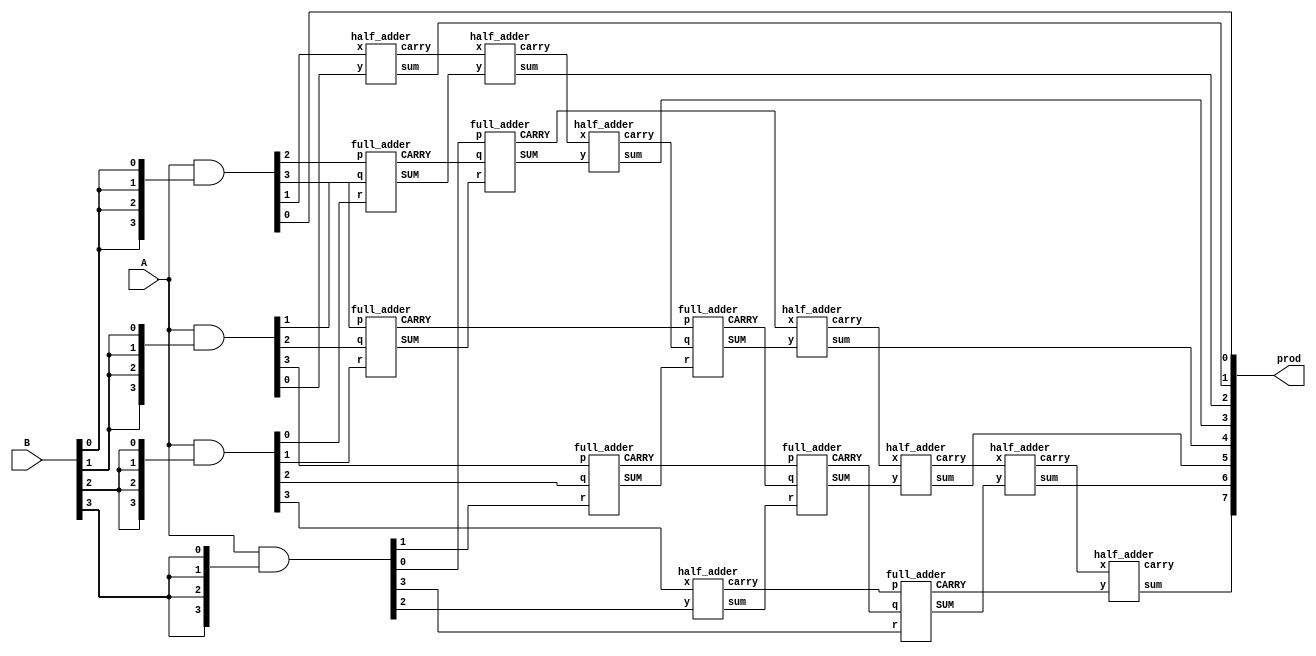
`timescale 1ns/1ps
//////////////////////////////////////////////////////////////////////////////////
// Company: 
// Engineer: 
// 
// Design Name: 
// Module Name: wtm( wallace tree encoder ) 
// Project Name: 
// Target Devices: 
// Tool Versions: 
// Description: 
// 
// Dependencies: 
// 
// Revision:
// Revision 0.01 - File Created
// Additional Comments:
// 
/*
let's discuss about what is wallace tree encoder 
Wallace tree encoder :
Wallace tree encoder is utilized in the process of converting the thermometer code to binary.
This can be termed to be a high speed application and a flash type of flash ADC, which is a 
resistor ladder, encoder and comparator circuit. 

A suitable encoder is required for getting binary code from comparator output. Reducing energy 
of the encoder is vital concern from comparator output. Reducing energy of the encoder is a vital 
concern whereas desging the minimal power flash ADC. 
A suitable encoder is required getting binary encoder is required for getting binary encoder 
is required for getting binary code from comparator circuit. 
Wallace tree encoders diminishes the mistake power flash drive from ADC. Wallace tree encoders diminishes 


*/
//////////////////////////////////////////////////////////////////////////////////

module wallace(A,B,prod);  
// inputs and outputs 
input [3:0] A,B; 
output [7:0] prod; 
//internal variables.
wire s11,s12,s13,s14,s15,s22,s23,s24,s25,s26,s32,s33,s34,s35,s36,s37;
wire c11,c12,c13,c14,c15,c22,c23,c24,c25,c26,c32,c33,c34,c35,c36,c37;
wire[6:0] p0,p1,p2,p3;

//initialize the p's 
assign p0 = A & {4{B[0]}};
assign p1 = A & {4{B[1]}};
assign p2 = A & {4{B[2]}}; 
assign p3 = A & {4{B[3]}}; 

//final product assingments 
assign prod[0] = p0[0]; 
assign prod[1] = s11; 
assign prod[2] = s22; 
assign prod[3] = s32; 
assign prod[4] = s34; 
assign prod[5] = s35; 
assign prod[6] = s36; 
assign prod[7] = s37; 


//first stage 
half_adder ha11(p0[1],p1[0],s11,c11); 
full_adder fa12(p0[2],p1[1],p2[0],s12,c12); 
full_adder fa13(p0[3],p1[2],p2[1],s13,c13);
full_adder fa14(p1[3],p2[2],p3[1],s14,c14); 
half_adder ha15(p2[3],p3[2],s15, c15); 


//second stage 
half_adder ha22(c11,s12,s22,c22); 
full_adder fa23(p3[0], c12,s13,s23,c23); 
full_adder fa24(c13,c32,s14,s24,c24); 
full_adder fa25(c14,c24,s15,s25,c25); 
full_adder fa26(c15,c25,p3[3], s26, c26);

//third stage 
half_adder ha32(c22,s23,s32,c32); 
half_adder ha34(c23,s24,s34,c34); 
half_adder ha35(c34,s25,s35,c35);
half_adder ha36(c35,s26,s36,c36);
half_adder ha37(c36,c26,s37,c37); 


endmodule


module half_adder(x,y,sum,carry); 
input x,y; 
output sum,carry; 
xor sum1(sum,x,y); 
and carry1(carry,x,y); 
endmodule

module full_adder(input p,q,r,output SUM, CARRY); 
assign SUM = p^q^r ; 
assign CARRY =  (p&q) | (q&r) | (r&p);
endmodule

//////////////////////////////////////////////////////////////////////////////////
// Company: 
// Engineer: 
// 
// Design Name: 
// Module Name: wtm( wallace tree encoder ) 
// Project Name: 
// Target Devices: 
// Tool Versions: 
// Description: 
// 
// Dependencies: 
// 
// Revision:
// Revision 0.01 - File Created
// Additional Comments:
// //////////////////////////////

`timescale 1ns/1ps 
module tb; 
//Inputs 

reg [3:0] A; 
reg [3:0] B; 

//Outputs 
wire [7:0] prod; 
integer i,j,error ; 

//Instantiate the Unit Under Test(UUT)
wallace uut(.A(A),.B(B),.prod(prod)); 


initial 
begin 
     //Apply inputs for the whole range of A and B .
	 // 16*16 = 256 inputs.
	 error = 0 ; 
	 for(i=0;i<=15;i= i+1)
	    for(j=0;j<=15; j = j+1)
		begin 
		   A <= i; 
		   B <= j; 
		   #1;
		   if(prod != A*B) //if the result isnt correct increment "error".
		        error = error +1; 
		end
	end
endmodule